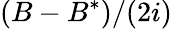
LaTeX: (B-B^{*})/(2i)